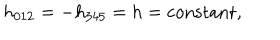
h _ { 0 1 2 } = - h _ { 3 4 5 } = h = \mathrm { c o n s t a n t } ,